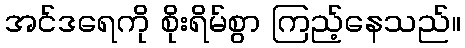
အင်ဒရေကို စိုးရိမ်စွာ ကြည့်နေသည်။